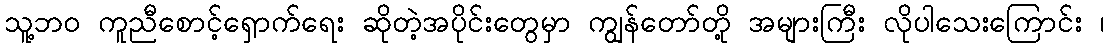
သူ့ဘ၀ ကူညီစောင့်ရှောက်ရေး ဆိုတဲ့အပိုင်းတွေမှာ ကျွန်တော်တို့ အများကြီး လိုပါသေးကြောင်း ၊